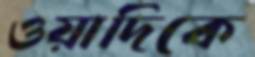
ওয়াদিকে